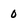
Character: 0